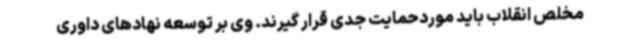
مخلص انقلاب باید موردحمایت جدی قرار گیرند. وی بر توسعه نهادهای داوری